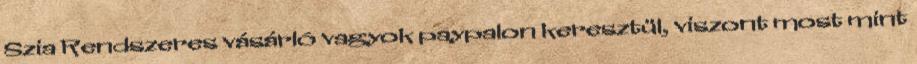
Szia Rendszeres vásárló vagyok paypalon keresztül, viszont most mint